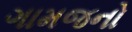
ગામજનો